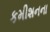
કમીશનના